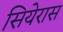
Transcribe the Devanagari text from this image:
सियेरास